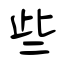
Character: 些